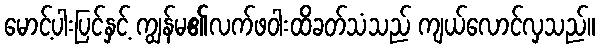
မောင့်ပါးပြင်နှင့် ကျွန်မ၏လက်ဖဝါးထိခတ်သံသည် ကျယ်လောင်လှသည်။